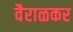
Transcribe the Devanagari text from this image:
वैराळकर